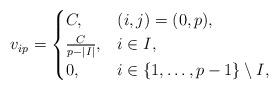
LaTeX: \begin{align*}v_{ip} = \begin{cases} C, & (i,j) = (0,p),\\\frac{C}{p-|I|}, & i \in I, \\ 0, & i \in \{1, \dots, p-1 \} \setminus I,\end{cases}\end{align*}